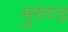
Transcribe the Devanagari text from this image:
मुरुण्ड